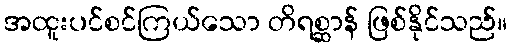
အထူးပင်စင်ကြယ်သော တိရစ္ဆာန် ဖြစ်နိုင်သည်။